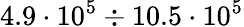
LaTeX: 4.9\cdot 10^{5}\div 10.5\cdot 10^{5}